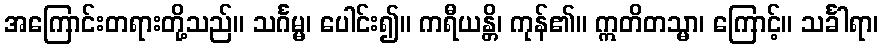
အကြောင်းတရားတို့သည်။ သင်္ဂမ္မ၊ ပေါင်း၍။ ကရီယန္တိ၊ ကုန်၏။ ဣတိတသ္မာ၊ ကြောင့်။ သင်္ခါရာ၊